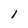
Character: I